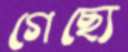
গেছ্যে